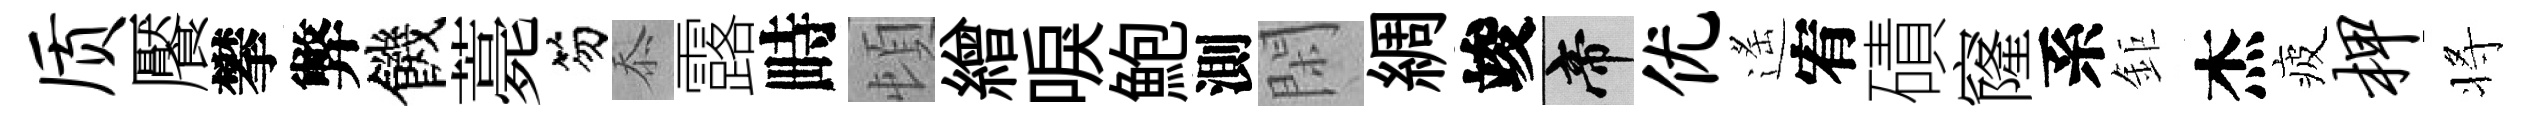
质饜攀弊饑薧笏忝露畤頓繒唳鮑測閑綢竣帝优遙宥磧窿系鉅杰疲柙将